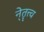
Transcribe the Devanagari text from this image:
ने्तॄत्त्व